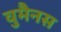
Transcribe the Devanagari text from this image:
वुमैनस